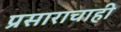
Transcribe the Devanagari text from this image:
प्रसाराचाही